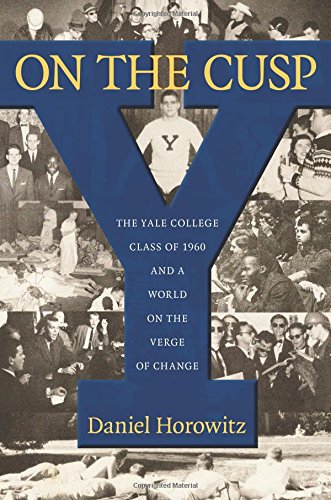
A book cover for On the Cusp: The Yale College Class of 1960 and a World on the Verge of Change; Daniel Horowitz; Biographies & Memoirs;